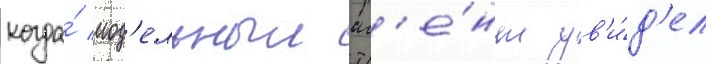
когда́ мод'ельныи аг'е́нт ув'и́д'ел